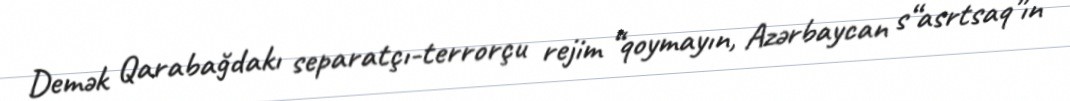
Demək Qarabağdakı separatçı-terrorçu rejim “qoymayın, Azərbaycan s“asrtsaq”ın